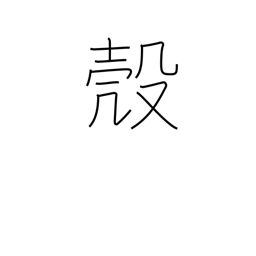
Meaning: nut shell